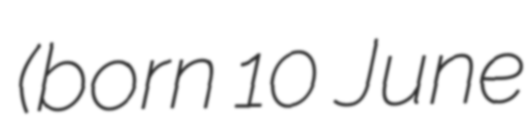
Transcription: (born 10 June